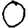
Digit: 0